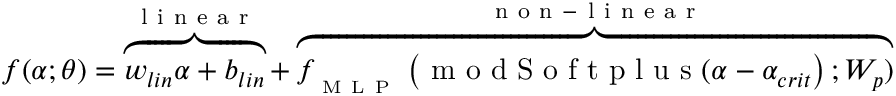
f ( \alpha ; \theta ) = \overbrace { w _ { l i n } \alpha + b _ { l i n } } ^ { \mathrm { ~ l ~ i ~ n ~ e ~ a ~ r ~ } } + \overbrace { f _ { _ \mathrm { ~ M ~ L ~ P ~ } } \left( \mathrm { ~ m ~ o ~ d ~ S ~ o ~ f ~ t ~ p ~ l ~ u ~ s ~ } ( \alpha - \alpha _ { c r i t } \right) ; W _ { p } ) } ^ { \mathrm { ~ n ~ o ~ n ~ - ~ l ~ i ~ n ~ e ~ a ~ r ~ } }